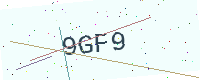
Text: 9GF9